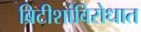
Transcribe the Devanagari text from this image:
ब्रिटीशांविरोधात